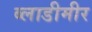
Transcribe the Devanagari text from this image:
ब्लाडीमीर